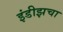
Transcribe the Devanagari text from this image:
इंडीझचा